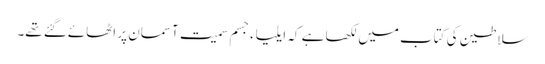
سلاطین کی کتاب میں لکھا ہے کہ ایلیاءجسم سمیت آسمان پر اٹھائےگئے تھے۔